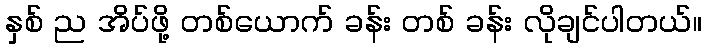
နှစ် ည အိပ်ဖို့ တစ်ယောက် ခန်း တစ် ခန်း လိုချင်ပါတယ်။